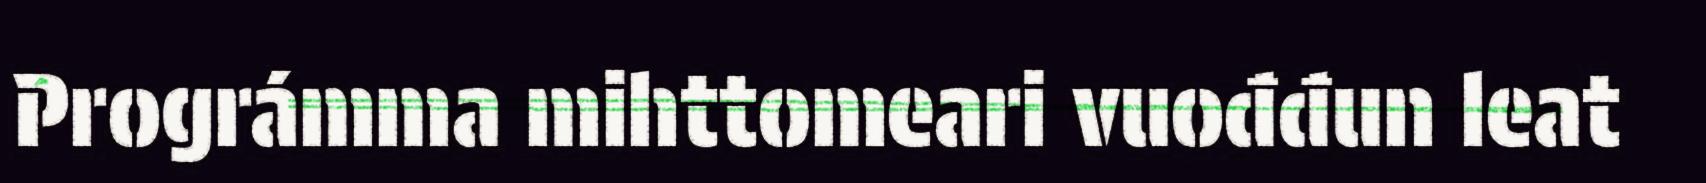
Prográmma mihttomeari vuođđun leat